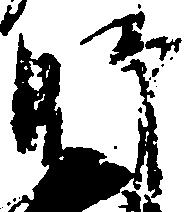
師